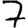
Digit: 7